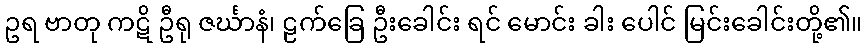
ဥရ ဗာတု ကဋိ ဦရု ဇင်္ဃာနံ၊ ဠက်ခြေ ဦးခေါင်း ရင် မောင်း ခါး ပေါင် မြင်းခေါင်းတို့၏။